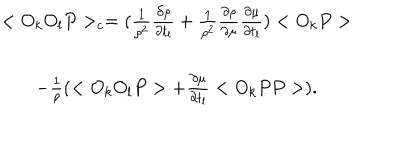
\begin{array} { c } { { < O _ { k } O _ { l } P > _ { c } = ( \frac { 1 } { \rho ^ { 2 } } \frac { \partial \rho } { \partial t _ { l } } + \frac { 1 } { \rho ^ { 2 } } \frac { \partial \rho } { \partial \mu } \frac { \partial \mu } { \partial t _ { l } } ) < O _ { k } P > } } \\ { { - \frac { 1 } { \rho } ( < O _ { k } O _ { l } P > + \frac { \partial \mu } { \partial t _ { l } } < O _ { k } P P > ) . } } \\ \end{array}